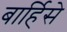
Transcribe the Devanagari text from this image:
बार्हिसे